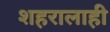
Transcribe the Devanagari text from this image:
शहरालाही